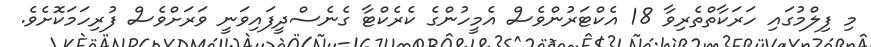
މި ފިލްމުގައި ހަރަކާތްތެރިވާ 18 އެކްޓަރުންވެސް އެމީހުންގެ ކެރެކްޓާ ގެނެސްދީފައިވަނީ ވަރަށްވެސް ފުރިހަމަކޮށެވެ.